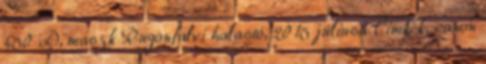
450 D, maszk Rugonfalvi halastó, 2015 júliusa Címkék: canon